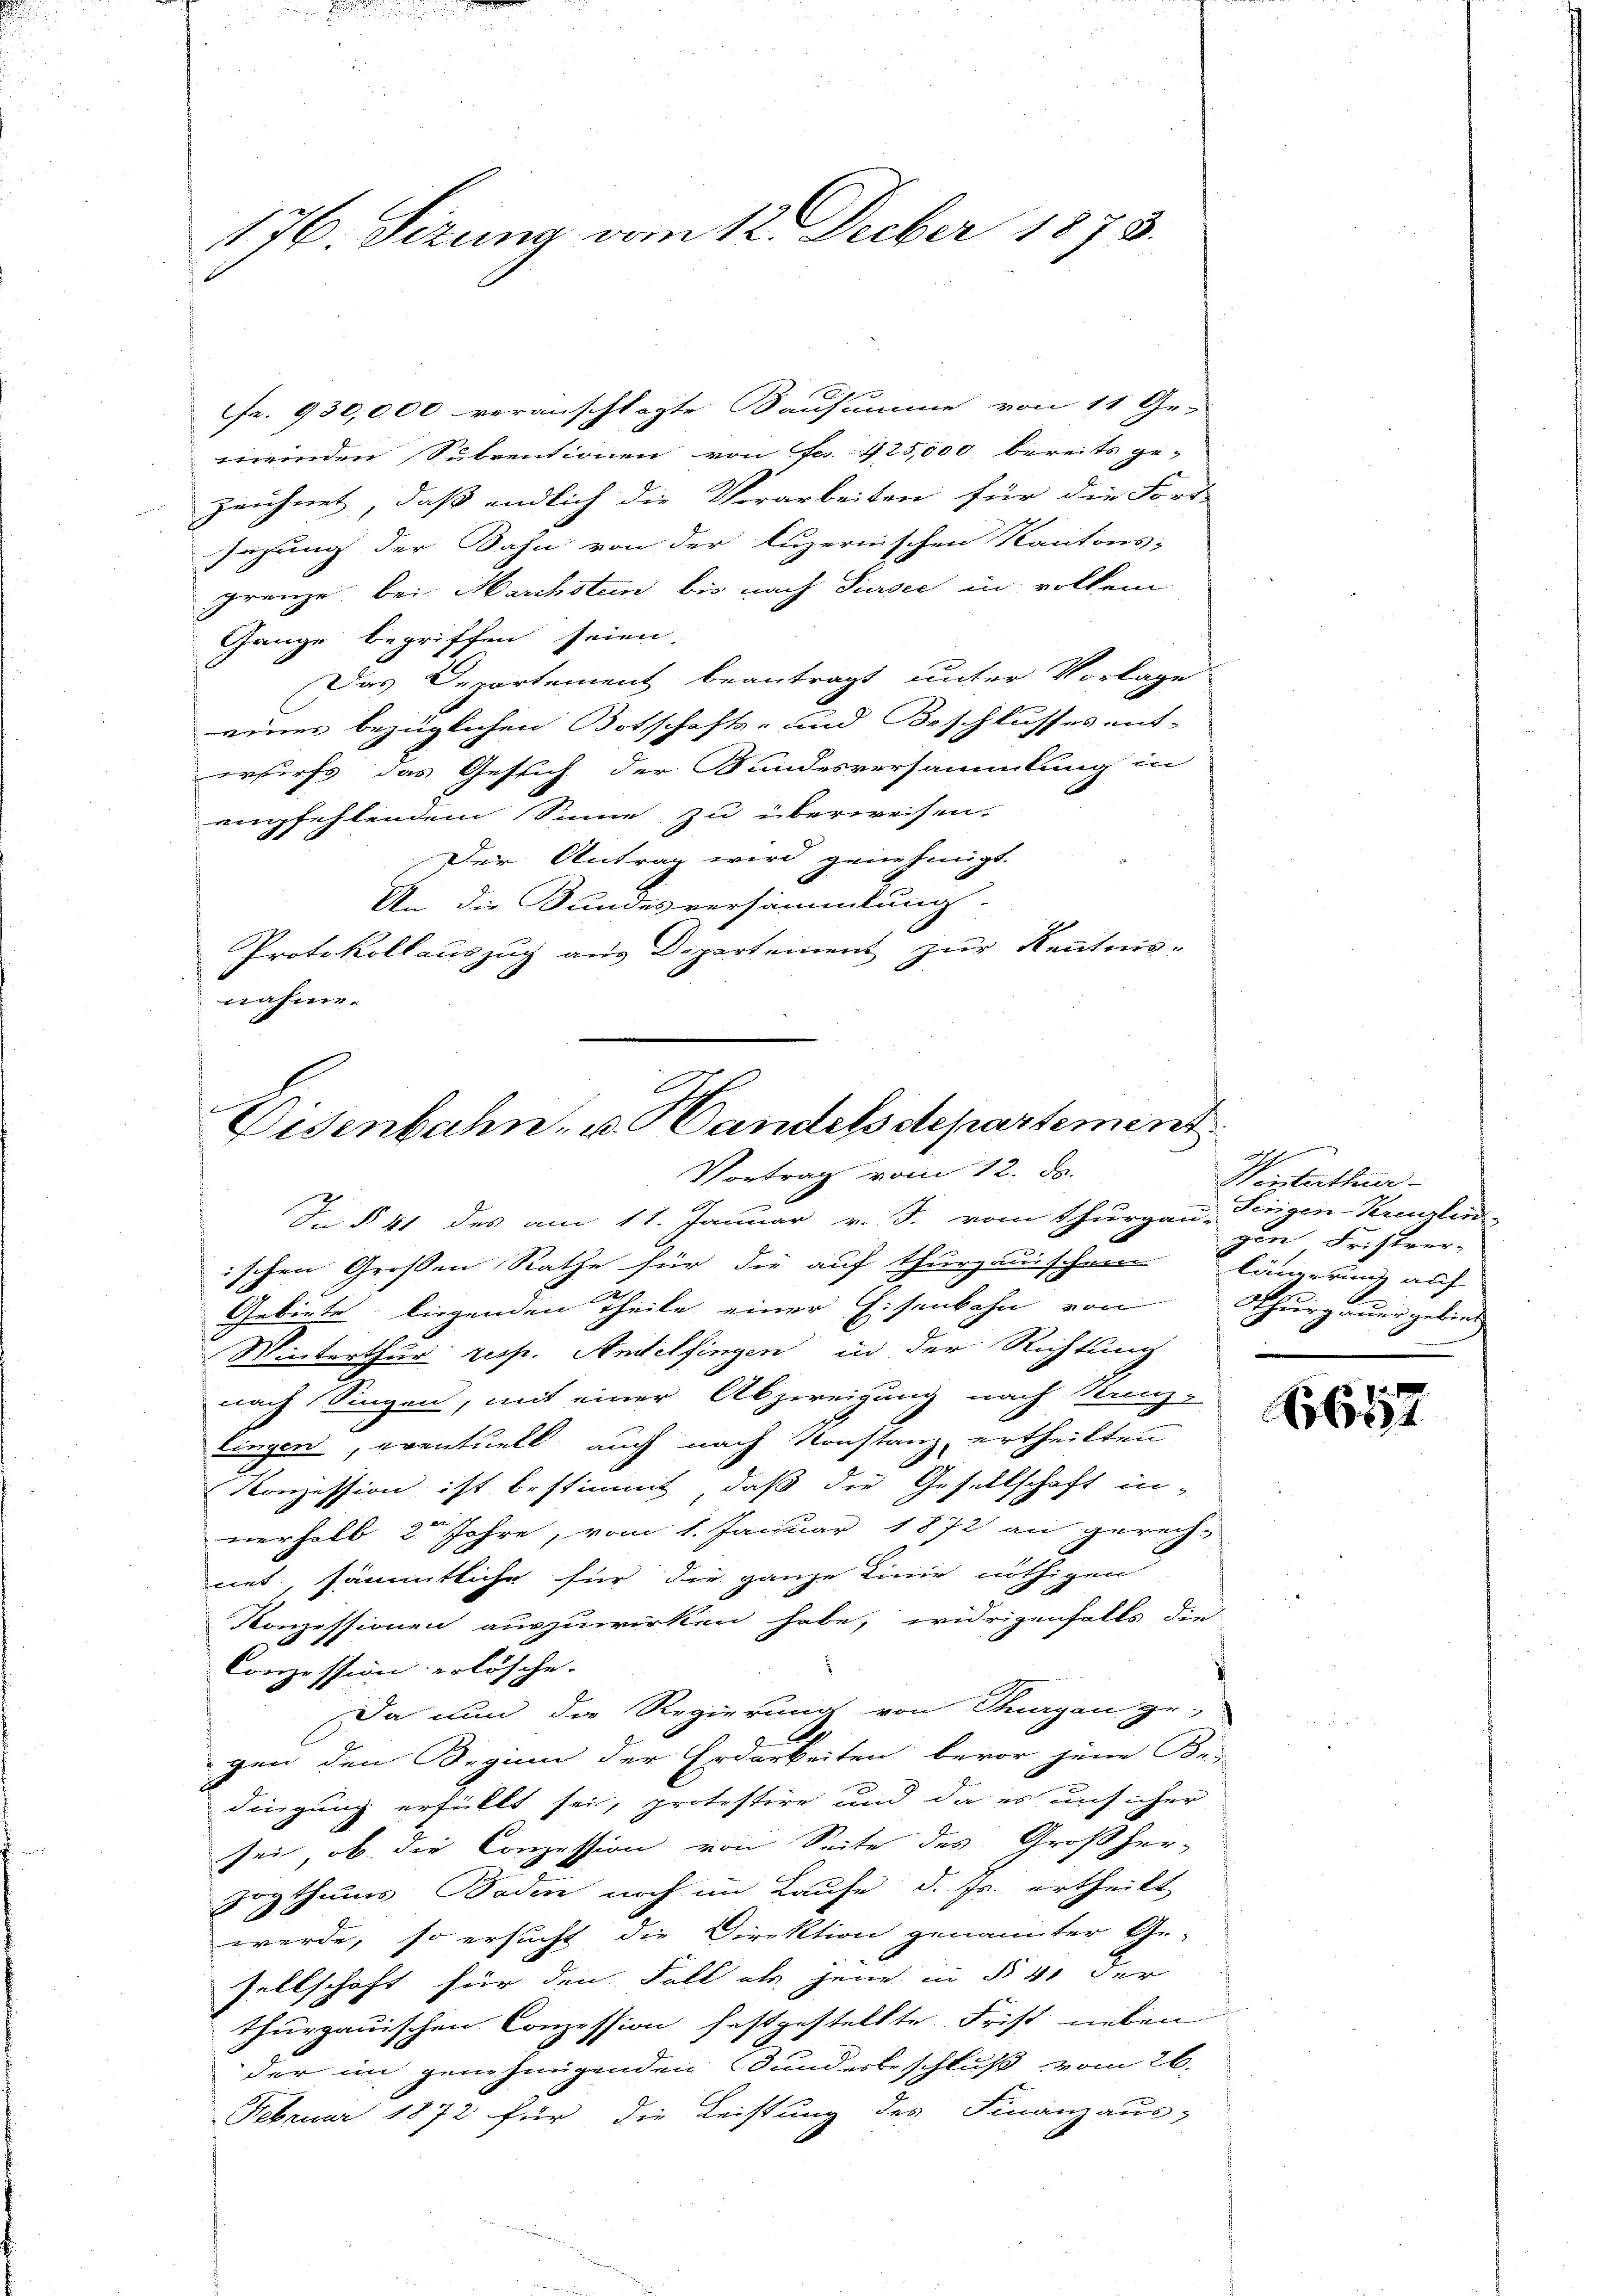
176. Sizung vom 12. Feber 1878.

fr. 930,000 veranschlagte Bausumme von 11 Ge-
wieden Subventionen von Fr. 425,000 bereits ge-
zeichnet, daß endlich die Vorarbeiten für die Fort-
sazung der Bahn von der luzernischen Kantons-
Franze bei Marchsten bis nach Sursee in vollem
Gange begriffen seien.
Das Departement beantragt unter Vorlage
eines bezüglichen Botschafts- und Beschlusses ent-
erwurfs, das Gesuch der Bundesversammlung in
empfehlendem Sinne zu überweisen.
Der Antrag wird genehmigt.
An die Bundesversammlung.
Protokollauszug aus Departement zur Kenntnis-
nahme.

Disenbahn- u. Handels departement
Vortrag vom 12. ds.

In § 41 des am 11. Januar v. J. vom Thurgau, Tenigen-Kregler
ischen Großen Rathe für die auf thurgauischen längerung auf
Gebiete, liegenden Theile einer Eisenbahn von Thurgauer gebiet
Winterthur resp. Andelfingen in der Richtung
nach Singen, mit einer Abzweigung nach Kanz-
lingen, eventuell auch nach Konstanz, ertheilten
Konzession ist bestimmt, daß die Gesellschaft in-
nerhalb 2 Jahre, vom 1. Januar 1872 an gerech-
net, sämmtliche für die ganze Linie nöthigen
Konzessionen auszuwirken habe, widrigenfalls die
Conzession erlösche.
Da nun die Regierung von Thurgau ge-
gen den Beginn der Erdarbeiten bevor jene Be-
dingung erfüllt sei, protestire und da es unsicher
sei, ob die Conzession von Seite des Großher-
zogthums Boden noch im Laufe d. Js. ertheilt
werde, so ersucht die Direktion genannter Ge-
sellschaft für den Fall als jene in § 41 der
thurgauischen Conzession festgestellte Frist neben
der im genehmigenden Bundesbeschluß vom 26.
Februar 1872 für die Leistung des Finanzaus-

I
Hinterthür
gen Fristver¬

1612